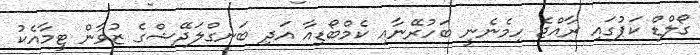
ގޯލްޑް ކަޕުގައި ރާއްޖެ ހިމެނެނީ ބަހުރޭނާއި ކެމްބޯޑިއާ އަދި ބަނގްލަދޭޝްގެ ޒުވާން ޓީމާއެކު